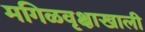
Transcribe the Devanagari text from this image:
मगिळवृक्षाखाली